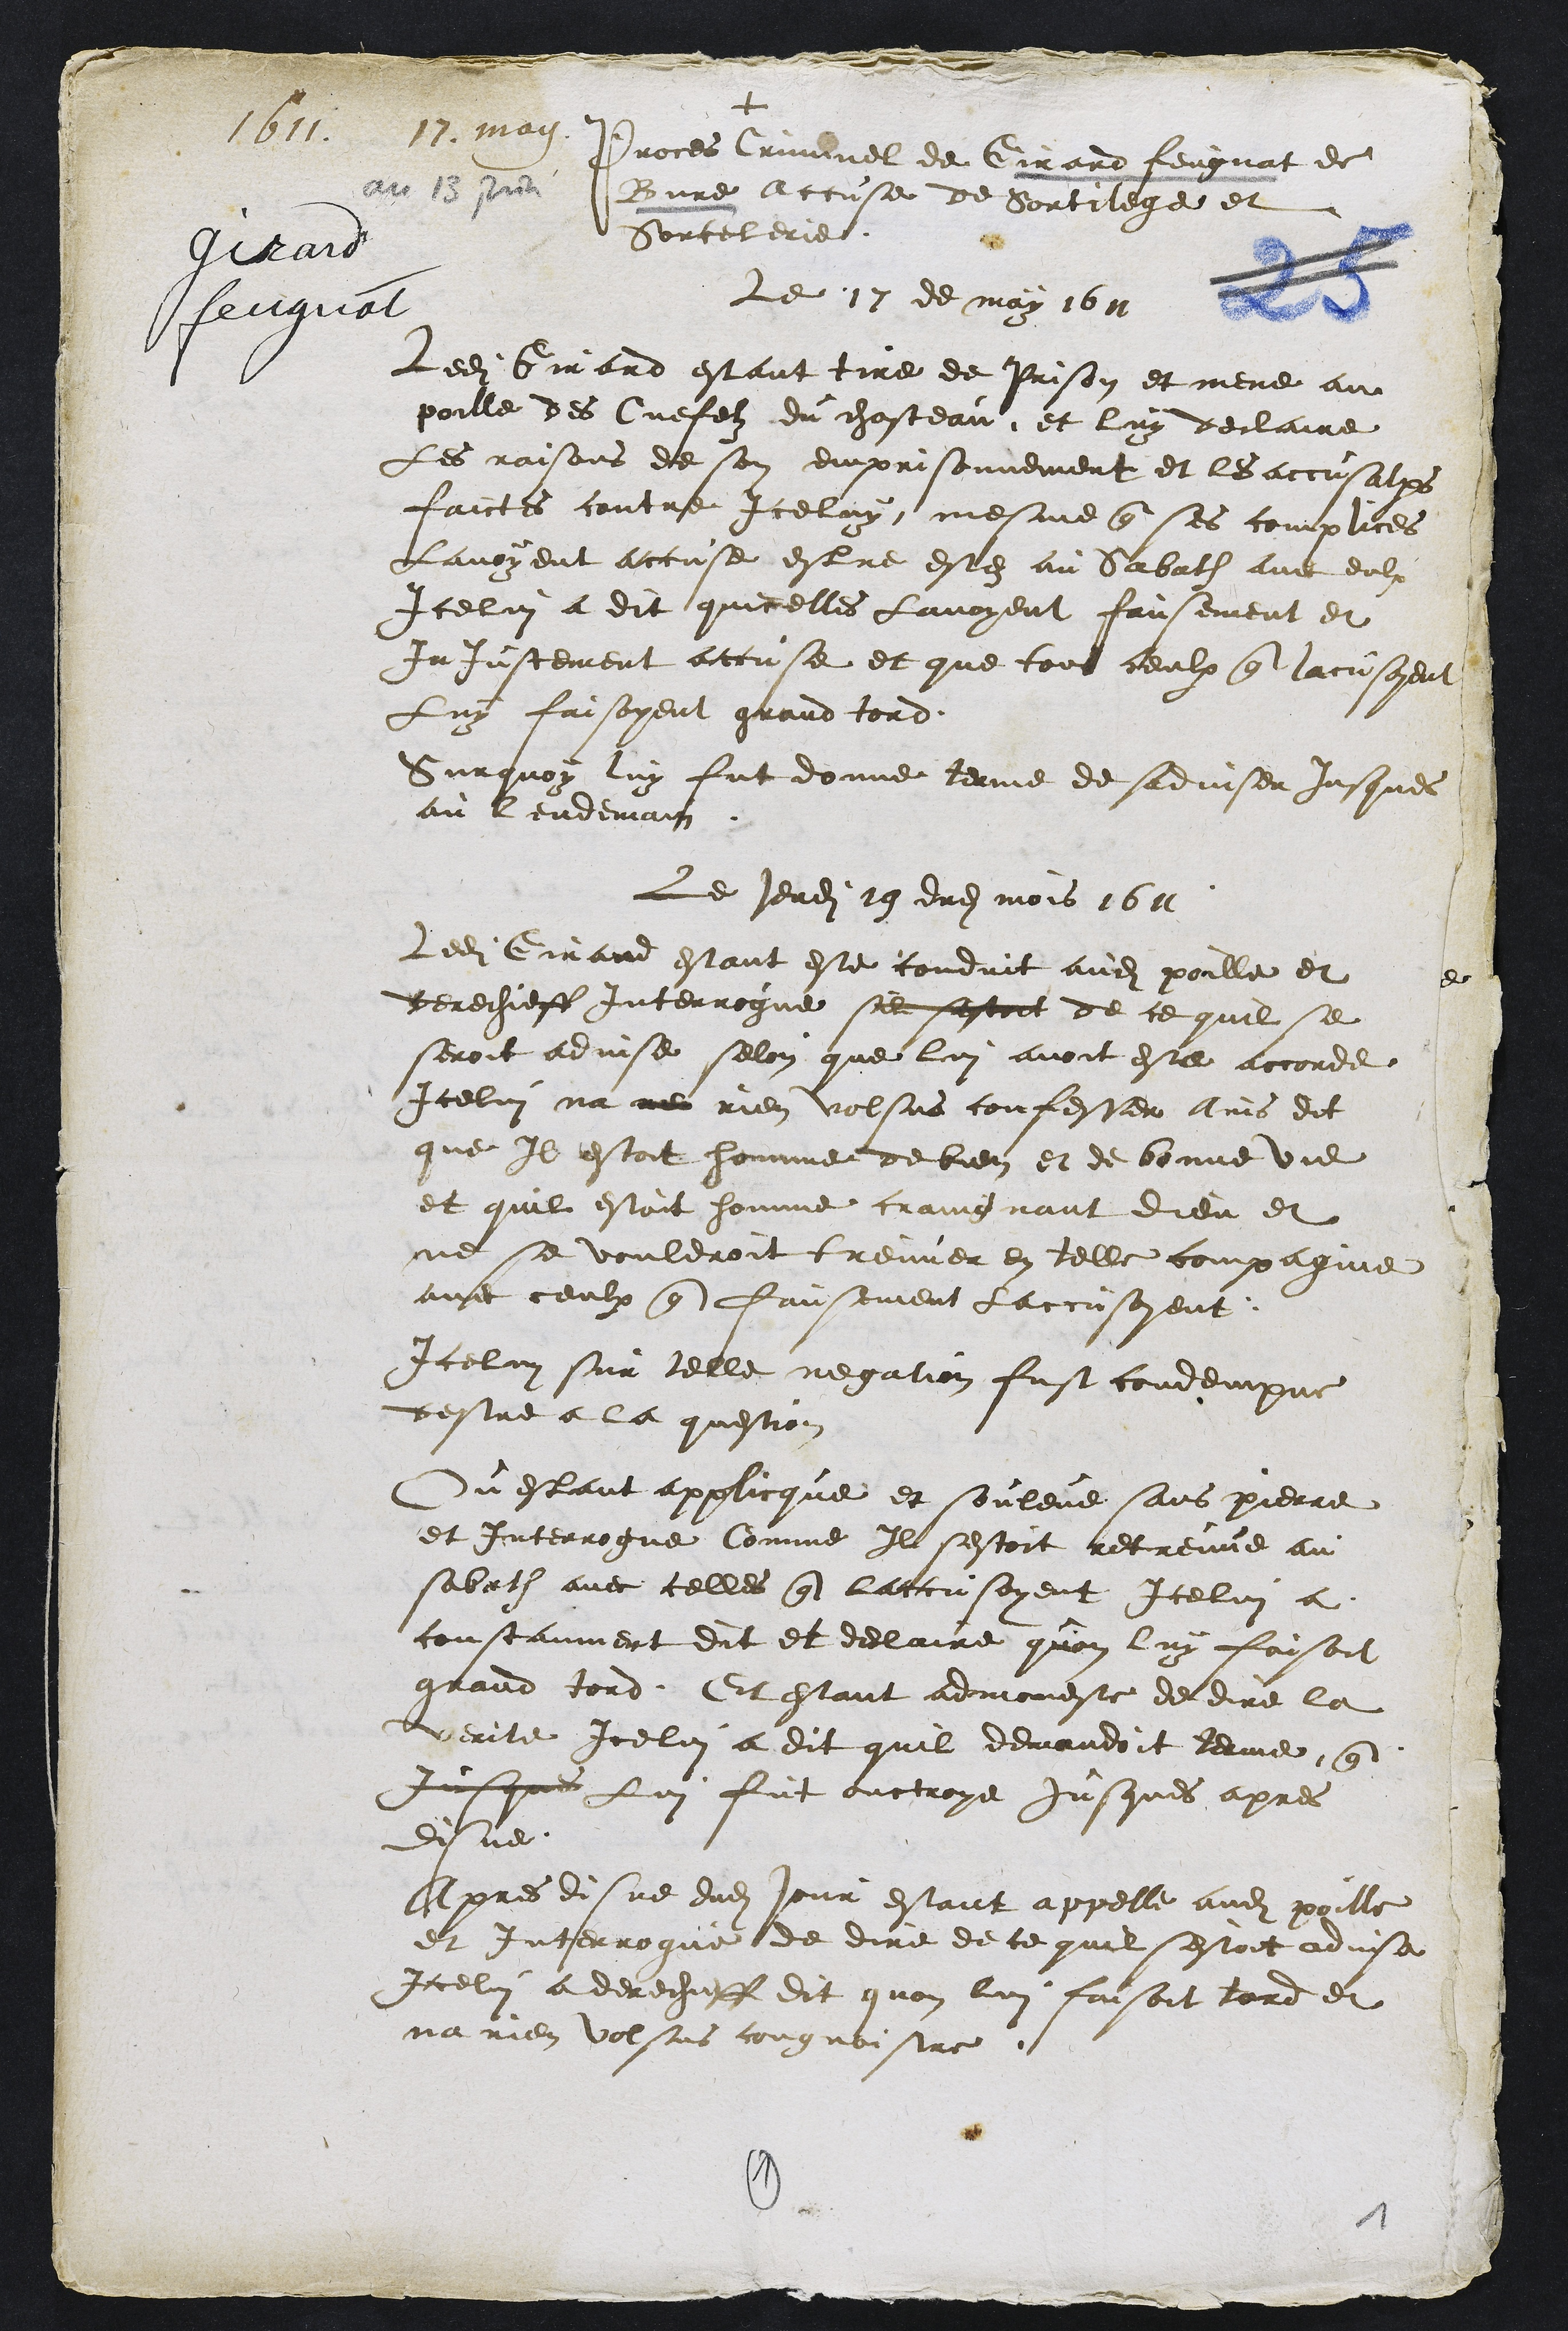
+
1611 12. may
Giraid
feugnat
Proces Criminel de Girard Feugnat de
Bure accuse de Sortilege et
Sorcelerie.
Le 17 de may 1611
Ledit Girard estant tire de prison et mene au
poille des Cuefelz du chasteau et luy declaire
Les raisons de son emprisonnement et les accusations
faictes contre Iceluy mesme que ses complices
Lavoyent accuse estre estez au Sabath avec eulx
Icelui a dit quicelles Lavoyent fausement et
Injustement accuse et que tous ceulx que lacusoyent
Luy faisoyent grand tord
Surquoy luy fut donne terme de adviser jusques
au lendemain
Le jeudi 19 dudit mois 1611
Ledit Girand estant este conduit audit poille et
derechieff Interrogue se sestoit de ce quil se
seroit advise selon que lui avoit este accorde
Icelui na ne rien volsus confesser Ains dit
que Il estoit homme de bien et de bonne vie
et quil estoit homme craingnant dieu et
ne se vouldroit treuver en telle compagnie
avec ceulx que fausement laccusoyent
Icelui sur telle negation fust condempne
destre a la question
Ou estant applicque et souleve sans pierre
et interrogue Comme Il sestoit retreuve au
sabath avec celles que laccusoyent Icelui a
constanment dit et declaire quon luy faisoit
grand tord Et estant admoneste de dire la
verite Icelui a dit quil demandoit terme que
jusque Lui fut ouctroye jusques apres
des ne
Apres disne dudit jour estant appelle audit poille
et interrogue de dire de ce quil sestoit advsa
Icelui a derechiff dit quon lui faisoit tard et
na rien volsus cougnoistre
6
1